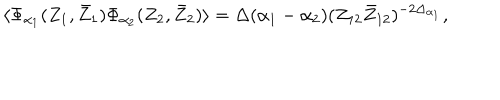
LaTeX: \langle \Phi _ { \alpha _ { 1 } } ( Z _ { 1 } , \bar { Z } _ { 1 } ) \Phi _ { \alpha _ { 2 } } ( Z _ { 2 } , \bar { Z } _ { 2 } ) \rangle = \Delta ( \alpha _ { 1 } - \alpha _ { 2 } ) ( Z _ { 1 2 } \bar { Z } _ { 1 2 } ) ^ { - 2 \Delta _ { \alpha _ { 1 } } } ,